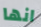
انها